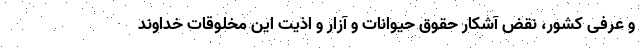
و عرفی کشور، نقض آشکار حقوق حیوانات و آزار و اذیت این مخلوقات خداوند